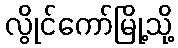
လွိုင်ကော်မြို့သို့